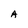
Character: A